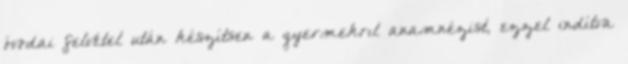
óvodai felvétel után készítsen a gyermekrıl anamnézist, ezzel indítva